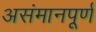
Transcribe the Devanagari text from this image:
असंमानपूर्ण